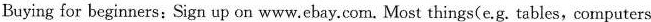
Buying for beginners: Sign up on www.Ebay.Com. Most things(e.g. Tables, computers